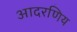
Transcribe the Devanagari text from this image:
आदरणिय